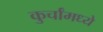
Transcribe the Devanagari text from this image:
कुर्चांमध्ये